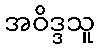
အဝိဒ္ဒသူ